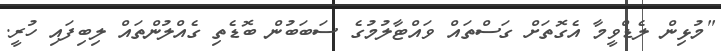
"މުޅިން ލެޑްވީމާ އެގޮތަށް ގަސްތައް ވައްޓާލުމުގެ ސަބަބުން ބޮޑެތި ގެއްލުންތައް ލިބިފައި ހުރީ.